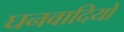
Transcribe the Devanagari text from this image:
घनवादियों